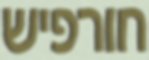
חורפיש